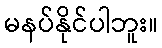
မနပ်နိုင်ပါဘူး။